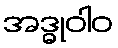
အဒ္ဓုဝါဝ